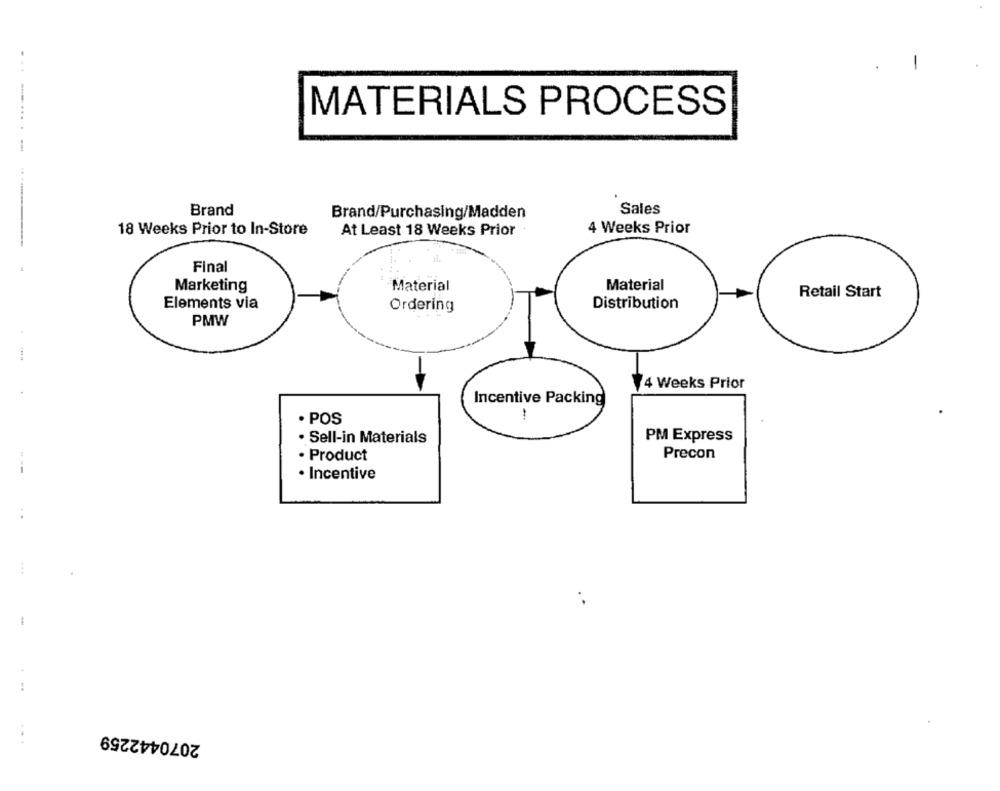
MATERIALS PROCESS
...-....-
Brand
Brand/Purchasing/Madden
Sales
4 Weeks Prior
18 Weeks Prior to In-Store
At Least 18 Weeks Prior
Final
Material
Marketing
Material
Retail Start
Elements via
Ordering
Distribution
PMW
4 Weeks Prior
Incentive Packing
. POS
· Sell-in Materials
PM Express
· Product
Precon
· Incentive
-
2070442259
...